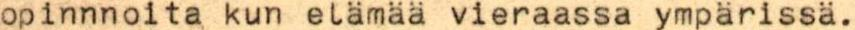
opinnnoita kun elämää vieraassa ympärissä.